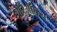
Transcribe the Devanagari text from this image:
बॅरिऑन्स